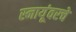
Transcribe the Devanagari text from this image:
स्नायूंवरचे